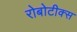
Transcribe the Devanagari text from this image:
रोबोटीक्स